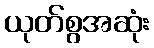
ယုတ်စွအဆုံး